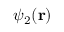
\psi _ { 2 } ( \bf { r } )